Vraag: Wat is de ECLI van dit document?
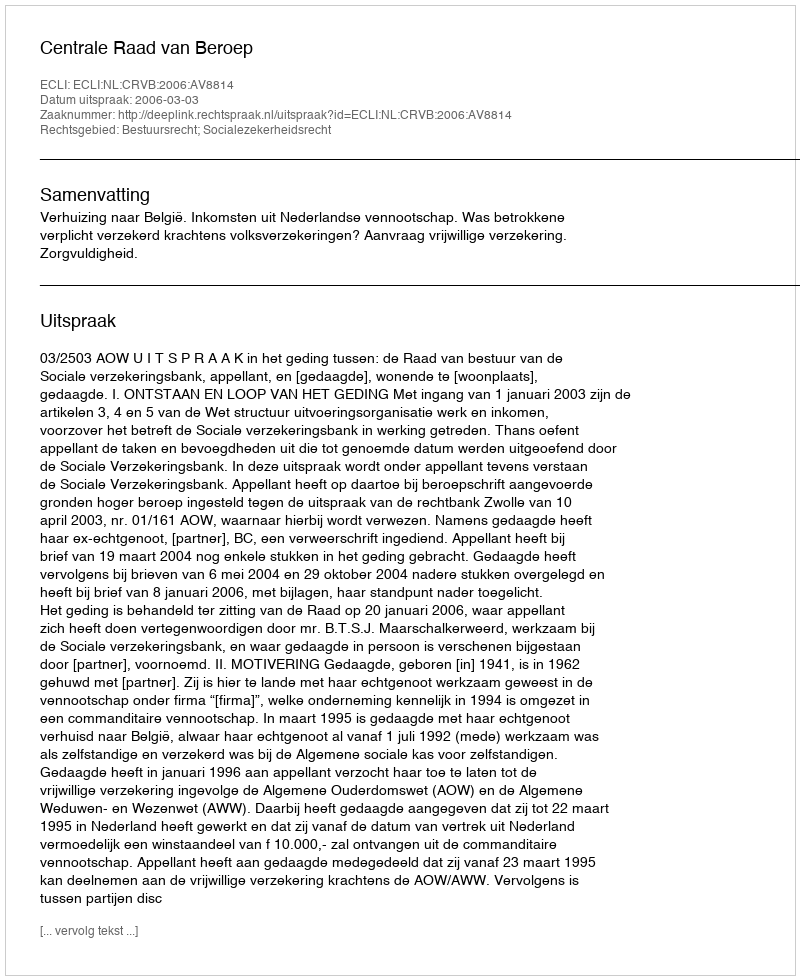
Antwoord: ECLI:NL:CRVB:2006:AV8814